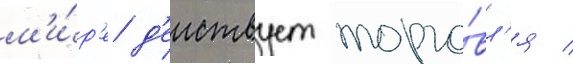
м'и́р'е д'еиствует торго́вл'я /